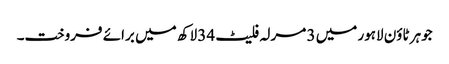
جوہر ٹاؤن لاہور میں 3 مرلہ فلیٹ 34 لاکھ میں برائے فروخت۔